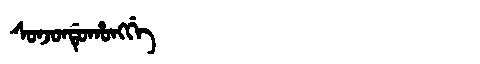
Manchu: ᠰᠣᠨᠵᠣᠨᡩᡠᡥᠣᠩᡤᡝ
Romanization: SONJONDUHONGGE